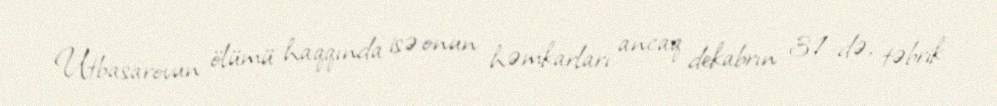
Utbasarovun ölümü haqqında isə onun həmkarları ancaq dekabrın 31-də, təbrik